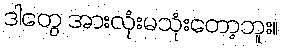
ဒါတွေ အားလုံးမသုံးတော့ဘူး။